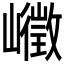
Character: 𰎾